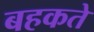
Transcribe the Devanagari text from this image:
बहकते